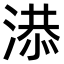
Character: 𣺖